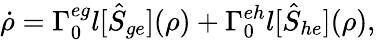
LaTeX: \dot{\rho}=\Gamma_{0}^{eg}\mathcal{l}[\hat{S}_{ge}](\rho)+\Gamma_{0}^{eh}\mathcal{l}[\hat{S}_{he}](\rho),